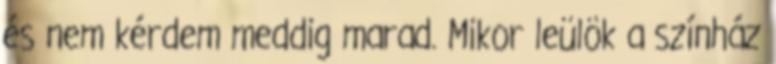
és nem kérdem meddig marad. Mikor leülök a színház